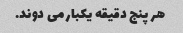
هر پنج دقیقه یکبار می دوند.